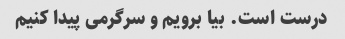
درست است. بیا برویم و سرگرمی پیدا کنیم